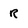
Character: R